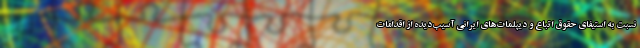
نسبت به استیفای حقوق اتباع و دیپلمات‌های ایرانی آسیب‌دیده از اقدامات